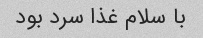
با سلام غذا سرد بود